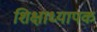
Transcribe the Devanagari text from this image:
शिक्षाध्यापक